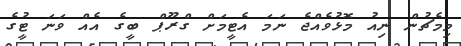
މިމެޗުން ނިއު މޮޅުވެއްޖެ ނަމަ އެޓީމަށް ގްރޫޕް ބީގެ އެއް ވަނަ ޓީުގެ